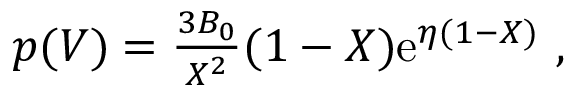
\begin{array} { r } { p ( V ) = \frac { 3 B _ { 0 } } { X ^ { 2 } } ( 1 - X ) \mathrm { e } ^ { \eta ( 1 - X ) } ~ , } \end{array}